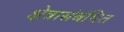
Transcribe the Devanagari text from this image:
क्षेत्रासंबंधित